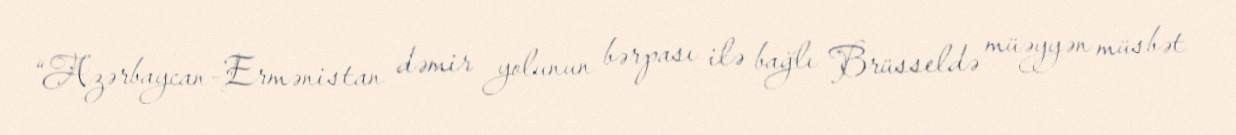
“Azərbaycan-Ermənistan dəmir yolunun bərpası ilə bağlı Brüsseldə müəyyən müsbət